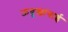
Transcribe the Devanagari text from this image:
ऊवूखांगाई